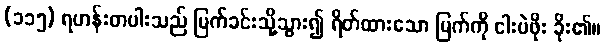
(၁၁၅) ရဟန်းတပါးသည် မြက်ခင်းသို့သွား၍ ရိတ်ထားသော မြက်ကို ငါးပဲဖိုး ခိုး၏။